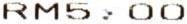
RM5.00